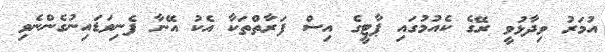
އުމަރު ވިދާޅުވީ ރޭގެ ކެއުމުގައި ޕާޓީގެ އިސް ފަރާތްތަކާ އެކު އޭނާ ފެނިވަޑައިނުގެންނެވި